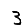
Digit: 3